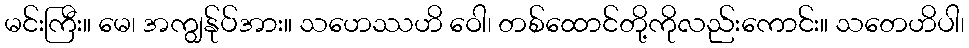
မင်းကြီး။ မေ၊ အကျွန်ုပ်အား။ သဟေဿဟိ ဝေါ၊ တစ်ထောင်တို့ကိုလည်းကောင်း။ သတေဟိပါ၊